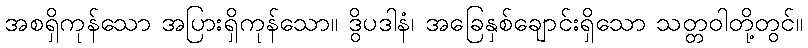
အစရှိကုန်သော အပြားရှိကုန်သော။ ဒွိပဒါနံ၊ အခြေနှစ်ချောင်းရှိသော သတ္တဝါတို့တွင်။